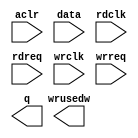
// megafunction wizard: %FIFO%VBB%
// GENERATION: STANDARD
// VERSION: WM1.0
// MODULE: dcfifo 

// ============================================================
// Megafunction Name(s):
// 			dcfifo
//
// Simulation Library Files(s):
// 			altera_mf
// ============================================================
// ************************************************************
// THIS IS A WIZARD-GENERATED FILE. DO NOT EDIT THIS FILE!
//
// 15.0.0 Build 145 04/22/2015 SJ Full Version
// ************************************************************

//Copyright (C) 1991-2015 Altera Corporation. All rights reserved.
//Your use of Altera Corporation's design tools, logic functions 
//and other software and tools, and its AMPP partner logic 
//functions, and any output files from any of the foregoing 
//(including device programming or simulation files), and any 
//associated documentation or information are expressly subject 
//to the terms and conditions of the Altera Program License 
//Subscription Agreement, the Altera Quartus II License Agreement,
//the Altera MegaCore Function License Agreement, or other 
//applicable license agreement, including, without limitation, 
//that your use is for the sole purpose of programming logic 
//devices manufactured by Altera and sold by Altera or its 
//authorized distributors.  Please refer to the applicable 
//agreement for further details.

module Sdram_RD_FIFO (
	aclr,
	data,
	rdclk,
	rdreq,
	wrclk,
	wrreq,
	q,
	wrusedw);

	input	  aclr;
	input	[15:0]  data;
	input	  rdclk;
	input	  rdreq;
	input	  wrclk;
	input	  wrreq;
	output	[15:0]  q;
	output	[9:0]  wrusedw;
`ifndef ALTERA_RESERVED_QIS
// synopsys translate_off
`endif
	tri0	  aclr;
`ifndef ALTERA_RESERVED_QIS
// synopsys translate_on
`endif

endmodule

// ============================================================
// CNX file retrieval info
// ============================================================
// Retrieval info: PRIVATE: AlmostEmpty NUMERIC "0"
// Retrieval info: PRIVATE: AlmostEmptyThr NUMERIC "-1"
// Retrieval info: PRIVATE: AlmostFull NUMERIC "0"
// Retrieval info: PRIVATE: AlmostFullThr NUMERIC "-1"
// Retrieval info: PRIVATE: CLOCKS_ARE_SYNCHRONIZED NUMERIC "1"
// Retrieval info: PRIVATE: Clock NUMERIC "4"
// Retrieval info: PRIVATE: Depth NUMERIC "1024"
// Retrieval info: PRIVATE: Empty NUMERIC "1"
// Retrieval info: PRIVATE: Full NUMERIC "1"
// Retrieval info: PRIVATE: INTENDED_DEVICE_FAMILY STRING "Cyclone V"
// Retrieval info: PRIVATE: LE_BasedFIFO NUMERIC "0"
// Retrieval info: PRIVATE: LegacyRREQ NUMERIC "0"
// Retrieval info: PRIVATE: MAX_DEPTH_BY_9 NUMERIC "0"
// Retrieval info: PRIVATE: OVERFLOW_CHECKING NUMERIC "0"
// Retrieval info: PRIVATE: Optimize NUMERIC "2"
// Retrieval info: PRIVATE: RAM_BLOCK_TYPE NUMERIC "0"
// Retrieval info: PRIVATE: SYNTH_WRAPPER_GEN_POSTFIX STRING "0"
// Retrieval info: PRIVATE: UNDERFLOW_CHECKING NUMERIC "0"
// Retrieval info: PRIVATE: UsedW NUMERIC "1"
// Retrieval info: PRIVATE: Width NUMERIC "16"
// Retrieval info: PRIVATE: dc_aclr NUMERIC "1"
// Retrieval info: PRIVATE: diff_widths NUMERIC "0"
// Retrieval info: PRIVATE: msb_usedw NUMERIC "0"
// Retrieval info: PRIVATE: output_width NUMERIC "16"
// Retrieval info: PRIVATE: rsEmpty NUMERIC "0"
// Retrieval info: PRIVATE: rsFull NUMERIC "0"
// Retrieval info: PRIVATE: rsUsedW NUMERIC "0"
// Retrieval info: PRIVATE: sc_aclr NUMERIC "0"
// Retrieval info: PRIVATE: sc_sclr NUMERIC "0"
// Retrieval info: PRIVATE: wsEmpty NUMERIC "0"
// Retrieval info: PRIVATE: wsFull NUMERIC "0"
// Retrieval info: PRIVATE: wsUsedW NUMERIC "1"
// Retrieval info: LIBRARY: altera_mf altera_mf.altera_mf_components.all
// Retrieval info: CONSTANT: INTENDED_DEVICE_FAMILY STRING "Cyclone V"
// Retrieval info: CONSTANT: LPM_NUMWORDS NUMERIC "1024"
// Retrieval info: CONSTANT: LPM_SHOWAHEAD STRING "ON"
// Retrieval info: CONSTANT: LPM_TYPE STRING "dcfifo"
// Retrieval info: CONSTANT: LPM_WIDTH NUMERIC "16"
// Retrieval info: CONSTANT: LPM_WIDTHU NUMERIC "10"
// Retrieval info: CONSTANT: OVERFLOW_CHECKING STRING "ON"
// Retrieval info: CONSTANT: RDSYNC_DELAYPIPE NUMERIC "11"
// Retrieval info: CONSTANT: READ_ACLR_SYNCH STRING "OFF"
// Retrieval info: CONSTANT: UNDERFLOW_CHECKING STRING "ON"
// Retrieval info: CONSTANT: USE_EAB STRING "ON"
// Retrieval info: CONSTANT: WRITE_ACLR_SYNCH STRING "OFF"
// Retrieval info: CONSTANT: WRSYNC_DELAYPIPE NUMERIC "11"
// Retrieval info: USED_PORT: aclr 0 0 0 0 INPUT GND "aclr"
// Retrieval info: USED_PORT: data 0 0 16 0 INPUT NODEFVAL "data[15..0]"
// Retrieval info: USED_PORT: q 0 0 16 0 OUTPUT NODEFVAL "q[15..0]"
// Retrieval info: USED_PORT: rdclk 0 0 0 0 INPUT NODEFVAL "rdclk"
// Retrieval info: USED_PORT: rdreq 0 0 0 0 INPUT NODEFVAL "rdreq"
// Retrieval info: USED_PORT: wrclk 0 0 0 0 INPUT NODEFVAL "wrclk"
// Retrieval info: USED_PORT: wrreq 0 0 0 0 INPUT NODEFVAL "wrreq"
// Retrieval info: USED_PORT: wrusedw 0 0 10 0 OUTPUT NODEFVAL "wrusedw[9..0]"
// Retrieval info: CONNECT: @aclr 0 0 0 0 aclr 0 0 0 0
// Retrieval info: CONNECT: @data 0 0 16 0 data 0 0 16 0
// Retrieval info: CONNECT: @rdclk 0 0 0 0 rdclk 0 0 0 0
// Retrieval info: CONNECT: @rdreq 0 0 0 0 rdreq 0 0 0 0
// Retrieval info: CONNECT: @wrclk 0 0 0 0 wrclk 0 0 0 0
// Retrieval info: CONNECT: @wrreq 0 0 0 0 wrreq 0 0 0 0
// Retrieval info: CONNECT: q 0 0 16 0 @q 0 0 16 0
// Retrieval info: CONNECT: wrusedw 0 0 10 0 @wrusedw 0 0 10 0
// Retrieval info: GEN_FILE: TYPE_NORMAL Sdram_RD_FIFO.v TRUE
// Retrieval info: GEN_FILE: TYPE_NORMAL Sdram_RD_FIFO.inc FALSE
// Retrieval info: GEN_FILE: TYPE_NORMAL Sdram_RD_FIFO.cmp FALSE
// Retrieval info: GEN_FILE: TYPE_NORMAL Sdram_RD_FIFO.bsf FALSE
// Retrieval info: GEN_FILE: TYPE_NORMAL Sdram_RD_FIFO_inst.v FALSE
// Retrieval info: GEN_FILE: TYPE_NORMAL Sdram_RD_FIFO_bb.v TRUE
// Retrieval info: LIB_FILE: altera_mf